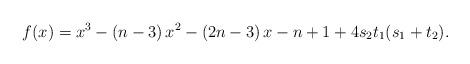
LaTeX: \begin{align*}f(x)=x^3-(n-3)\,x^2-(2n-3)\,x-n+1+4s_2t_1(s_1+t_2).\end{align*}